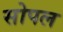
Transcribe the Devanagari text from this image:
सोपल